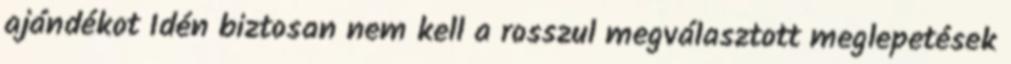
ajándékot Idén biztosan nem kell a rosszul megválasztott meglepetések